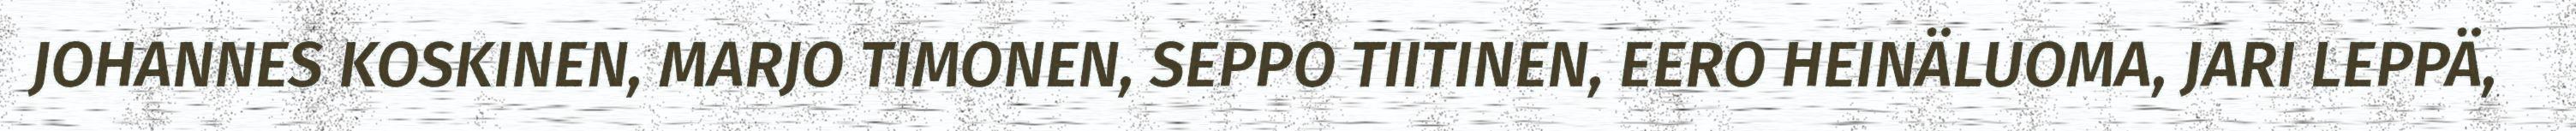
JOHANNES KOSKINEN, MARJO TIMONEN, SEPPO TIITINEN, EERO HEINÄLUOMA, JARI LEPPÄ,